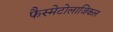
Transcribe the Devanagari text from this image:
फैस्मेटोलाजिकल